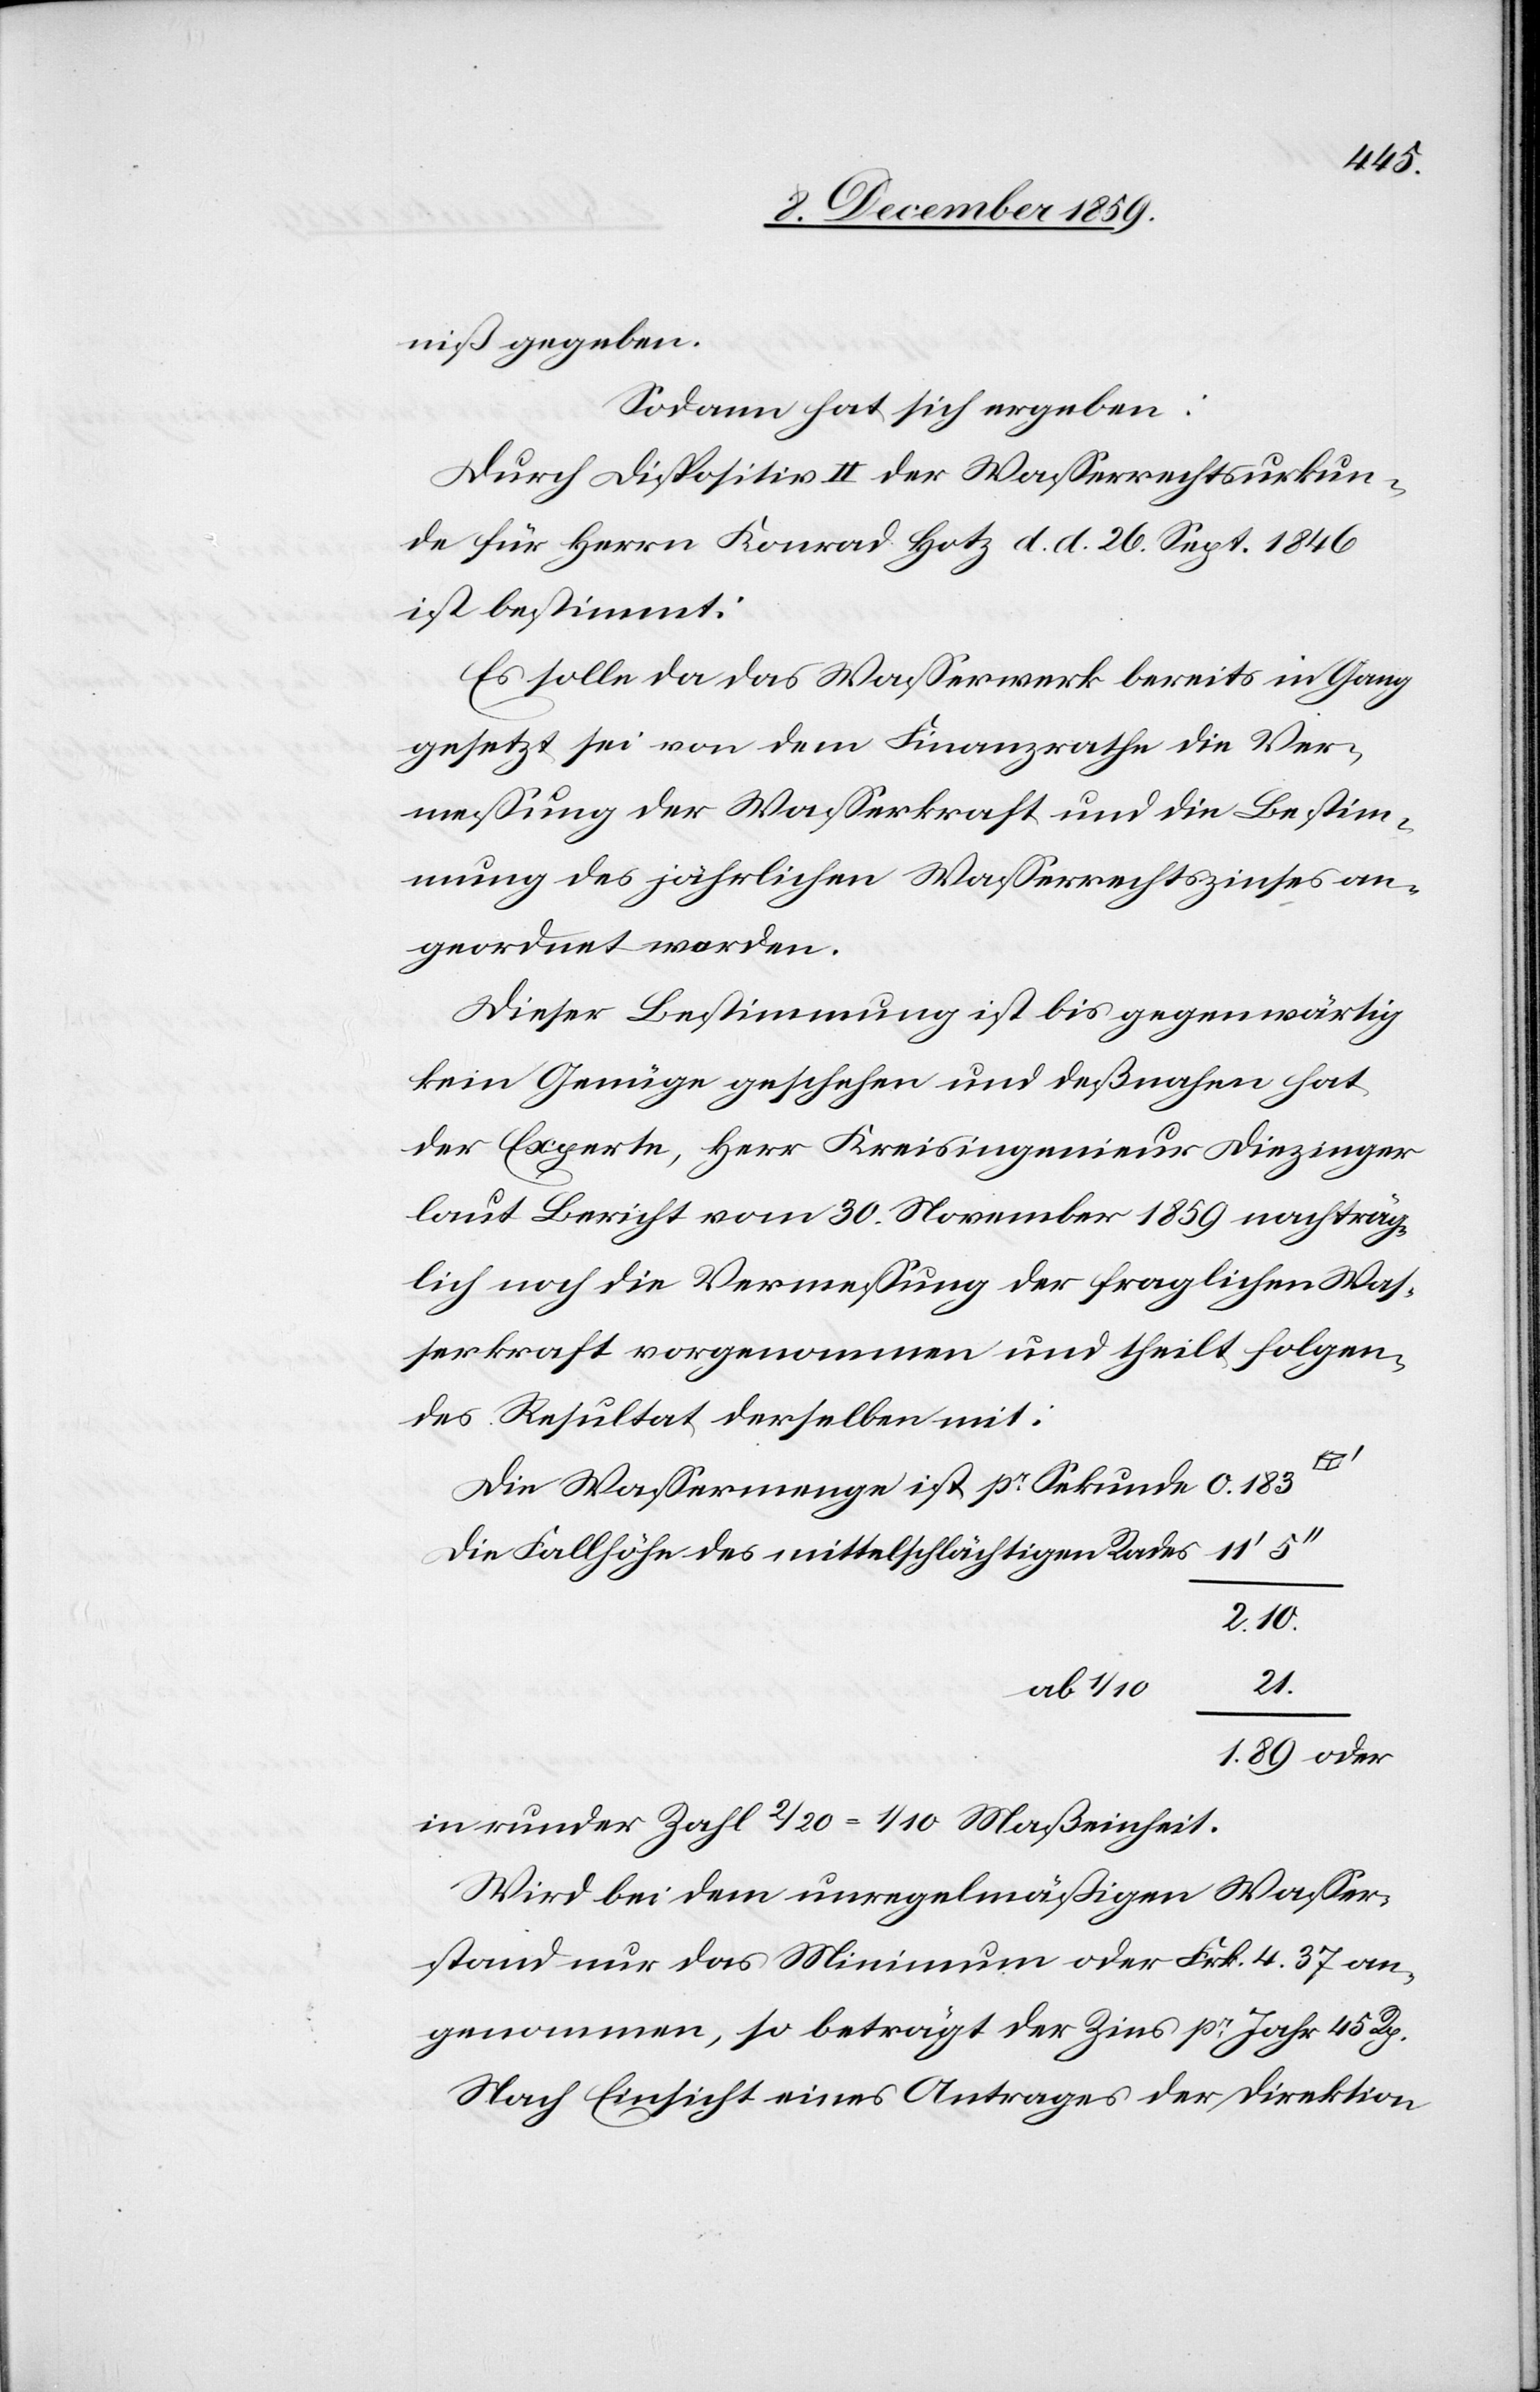
niß gegeben.
Sodann hat sich ergeben:
Durch Dispositiv II der Wasserrechtsurkun¬
de für Herrn Konrad Hotz d. d. 26. Sept. 1846
ist bestimmt:
Es solle da das Wasserwerk bereits in Gang
gesetzt sei von dem Finanzrathe die Ver¬
messung der Wasserkraft und die Bestim¬
mung des jährlichen Wasserrechtszinses an¬
geordnet werden.
Dieser Bestimmung ist bis gegenwärtig
kein Genüge geschehen und deßnahen hat
der Experte, Herr Kreisingenieur Diezinger
laut Bericht vom 30. November 1859 nachträg¬
lich noch die Vermessung der fraglichen Was¬
serkraft vorgenommen und theil folgen¬
des Resultat derselben mit:
Die Wassermenge ist pr Sekunde
Die Fallhöhe des mittelschlächtigen Rades
2.10.
21.
ab 1/10
in runder Zahl 2/20 = 1/10 Maßeinheit.
Wird bei dem unregelmäßigen Wasser¬
stand nur das Minimum oder Frk. 4.37 an¬
genommen, so beträgt der Zins pr Jahr 45 Rp.
Nach Einsicht eines Antrages der Direktion